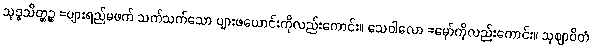
သုဒ္ဓသိတ္ထဉ္စ =ပျားရည်မဖက် သက်သက်သော ပျားဖယောင်းကိုလည်းကောင်း။ သေဝါလော =မှော်ကိုလည်းကောင်း။ သုဈာပိတံ